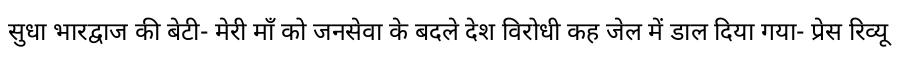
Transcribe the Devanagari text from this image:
सुधा भारद्वाज की बेटी- मेरी माँ को जनसेवा के बदले देश विरोधी कह जेल में डाल दिया गया- प्रेस रिव्यू